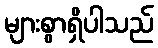
များစွာရှိပါသည်